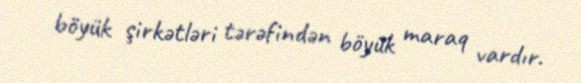
böyük şirkətləri tərəfindən böyük maraq vardır.